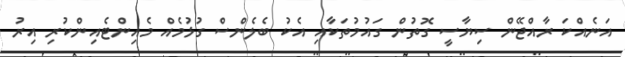
އަނެއްކަ ރާއްޖޭން ސިޔާސީ ގޮތުން ގައުމުތަކާއި އެކު ބެލެންސް ގުޅުމެއް މެއިންޓެއިންކުރި އިރު